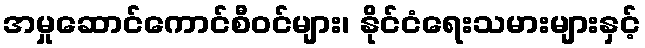
အမှုဆောင်ကောင်စီဝင်များ၊ နိုင်ငံရေးသမားများနှင့်